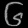
Digit: ၆